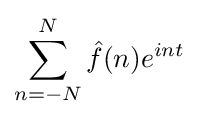
\sum _{n=-N}^{N}{\hat {f}}(n)e^{int}